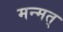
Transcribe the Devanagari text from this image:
मन्मत्